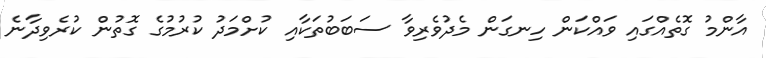
އާންމުު ގޮތެއްގައި ވައްކަން ހިނގަން މެދުވެރިވާ ސަބަބުތަކާއި ކުށްމަދު ކުރުމުގެ ގޮތުން ކުރެވިދާނެ